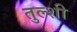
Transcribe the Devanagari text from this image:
तुल्शी